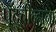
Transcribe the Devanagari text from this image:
पद्चीन्हाना